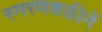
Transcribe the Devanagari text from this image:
स्मरणशक्तीनें